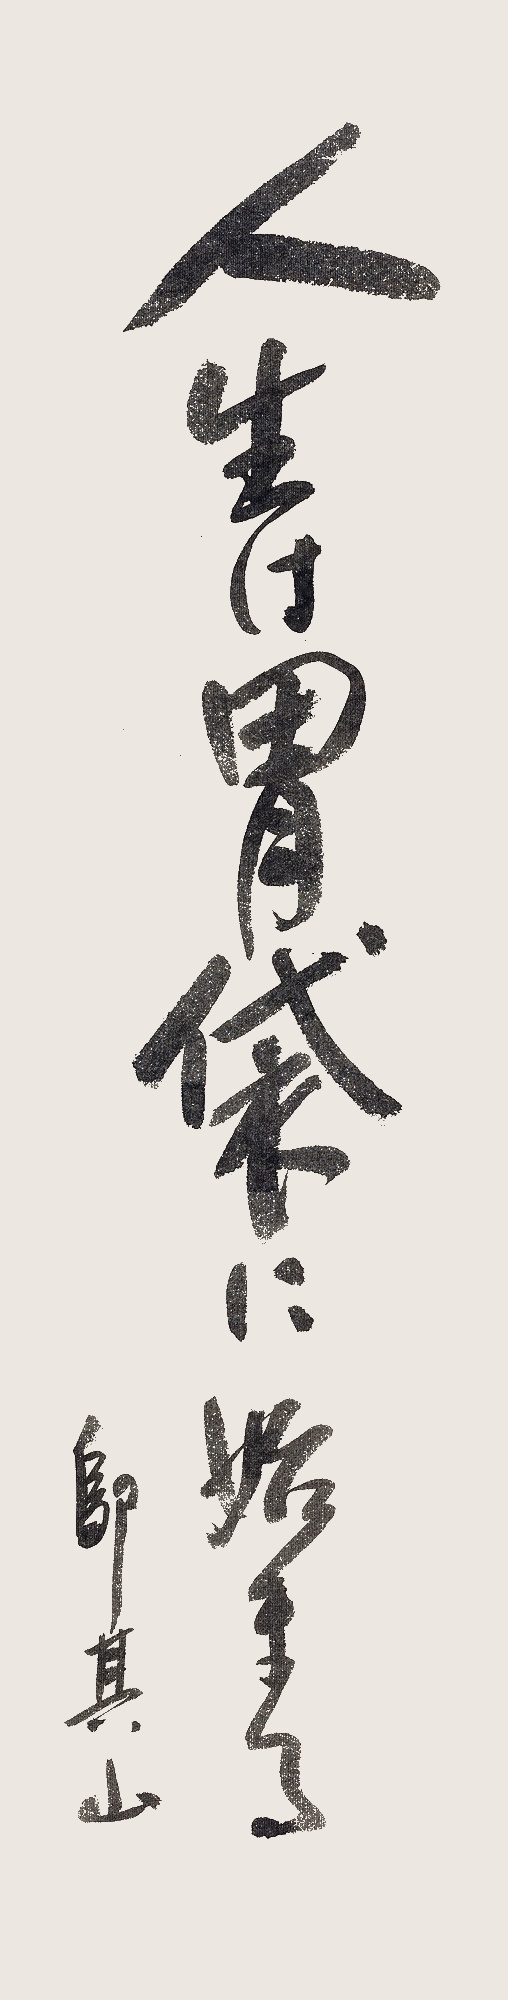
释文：人生は胃袋に始まる。邬其山。